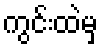
ကွင်းထဲမှ